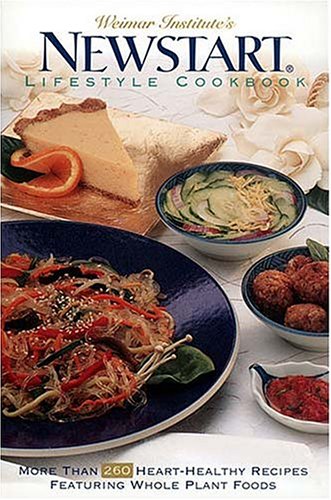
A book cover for Weimar Institute's NEWSTARTÂ® Lifestyle Cookbook: More Than 260 Heart-Healthy Recipes Featuring Whole Plant Foods; Frances Piper de Vries; Cookbooks, Food & Wine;